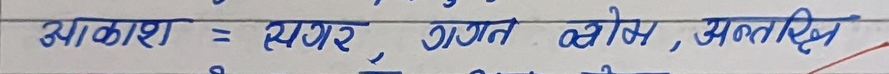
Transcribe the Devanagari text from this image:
आकाश = नभ, गगन, व्योम, अंतरिक्ष